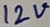
Text: 12V